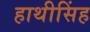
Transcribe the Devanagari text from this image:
हाथीसिंह